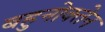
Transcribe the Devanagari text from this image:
बहुनोक्तेन